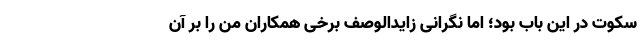
سکوت در این باب بود؛ اما نگرانی زایدالوصف برخی همکاران من را بر آن